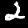
Digit: 2